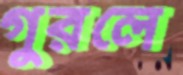
গুরলে